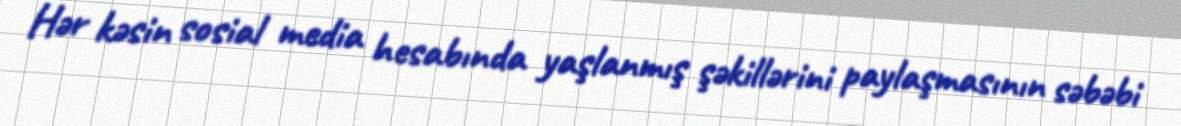
Hər kəsin sosial media hesabında yaşlanmış şəkillərini paylaşmasının səbəbi